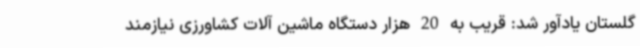
گلستان یادآور شد: قریب به 20 هزار دستگاه ماشین آلات کشاورزی نیازمند